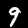
Label: 9